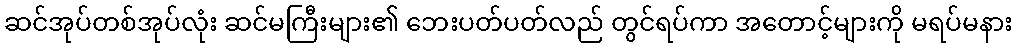
ဆင်အုပ်တစ်အုပ်လုံး ဆင်မကြီးများ၏ ဘေးပတ်ပတ်လည် တွင်ရပ်ကာ အတောင့်များကို မရပ်မနား